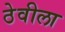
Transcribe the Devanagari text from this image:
ठेवीला